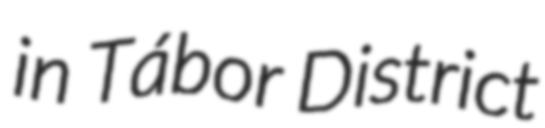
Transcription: in Tábor District